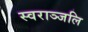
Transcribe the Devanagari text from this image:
स्वराञ्जलि